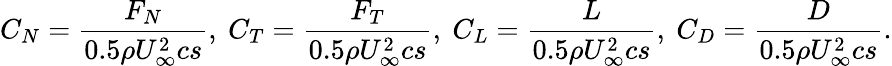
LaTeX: C_{N}=\frac{F_{N}}{0.5\rho U_{\infty}^{2}cs},~C_{T}=\frac{F_{T}}{0.5\rho U_{\infty}^{2}cs},~C_{L}=\frac{L}{0.5\rho U_{\infty}^{2}cs},~C_{D}=\frac{D}{0.5\rho U_{\infty}^{2}cs}.